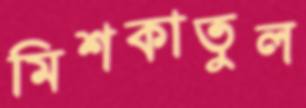
মিশকাতুল